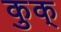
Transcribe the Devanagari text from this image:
कुक्